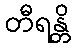
တီရန္တိ